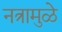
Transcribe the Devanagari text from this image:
नत्रामुळे